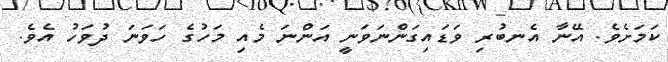
ކަމަށެވެ. އޭނާ އެނބުރި ވަޑައިގަންނަވަނީ އަންނަ މެއި މަހުގެ ހަވަނަ ދުވަހު އެވެ.